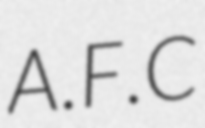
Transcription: A.F.C